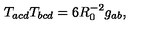
T _ { a c d } T _ { b c d } = 6 R _ { 0 } ^ { - 2 } g _ { a b } ,